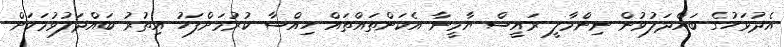
އެދުވަހުގެ ބައްދަލުވުން ނިންމާލީ ރައީސް ޔާމީނާ އެކަންތައްތައް ހިއްސާ ކުރުމަށްފަހު އިތުރު ބައްދަލުވުމަކަށް